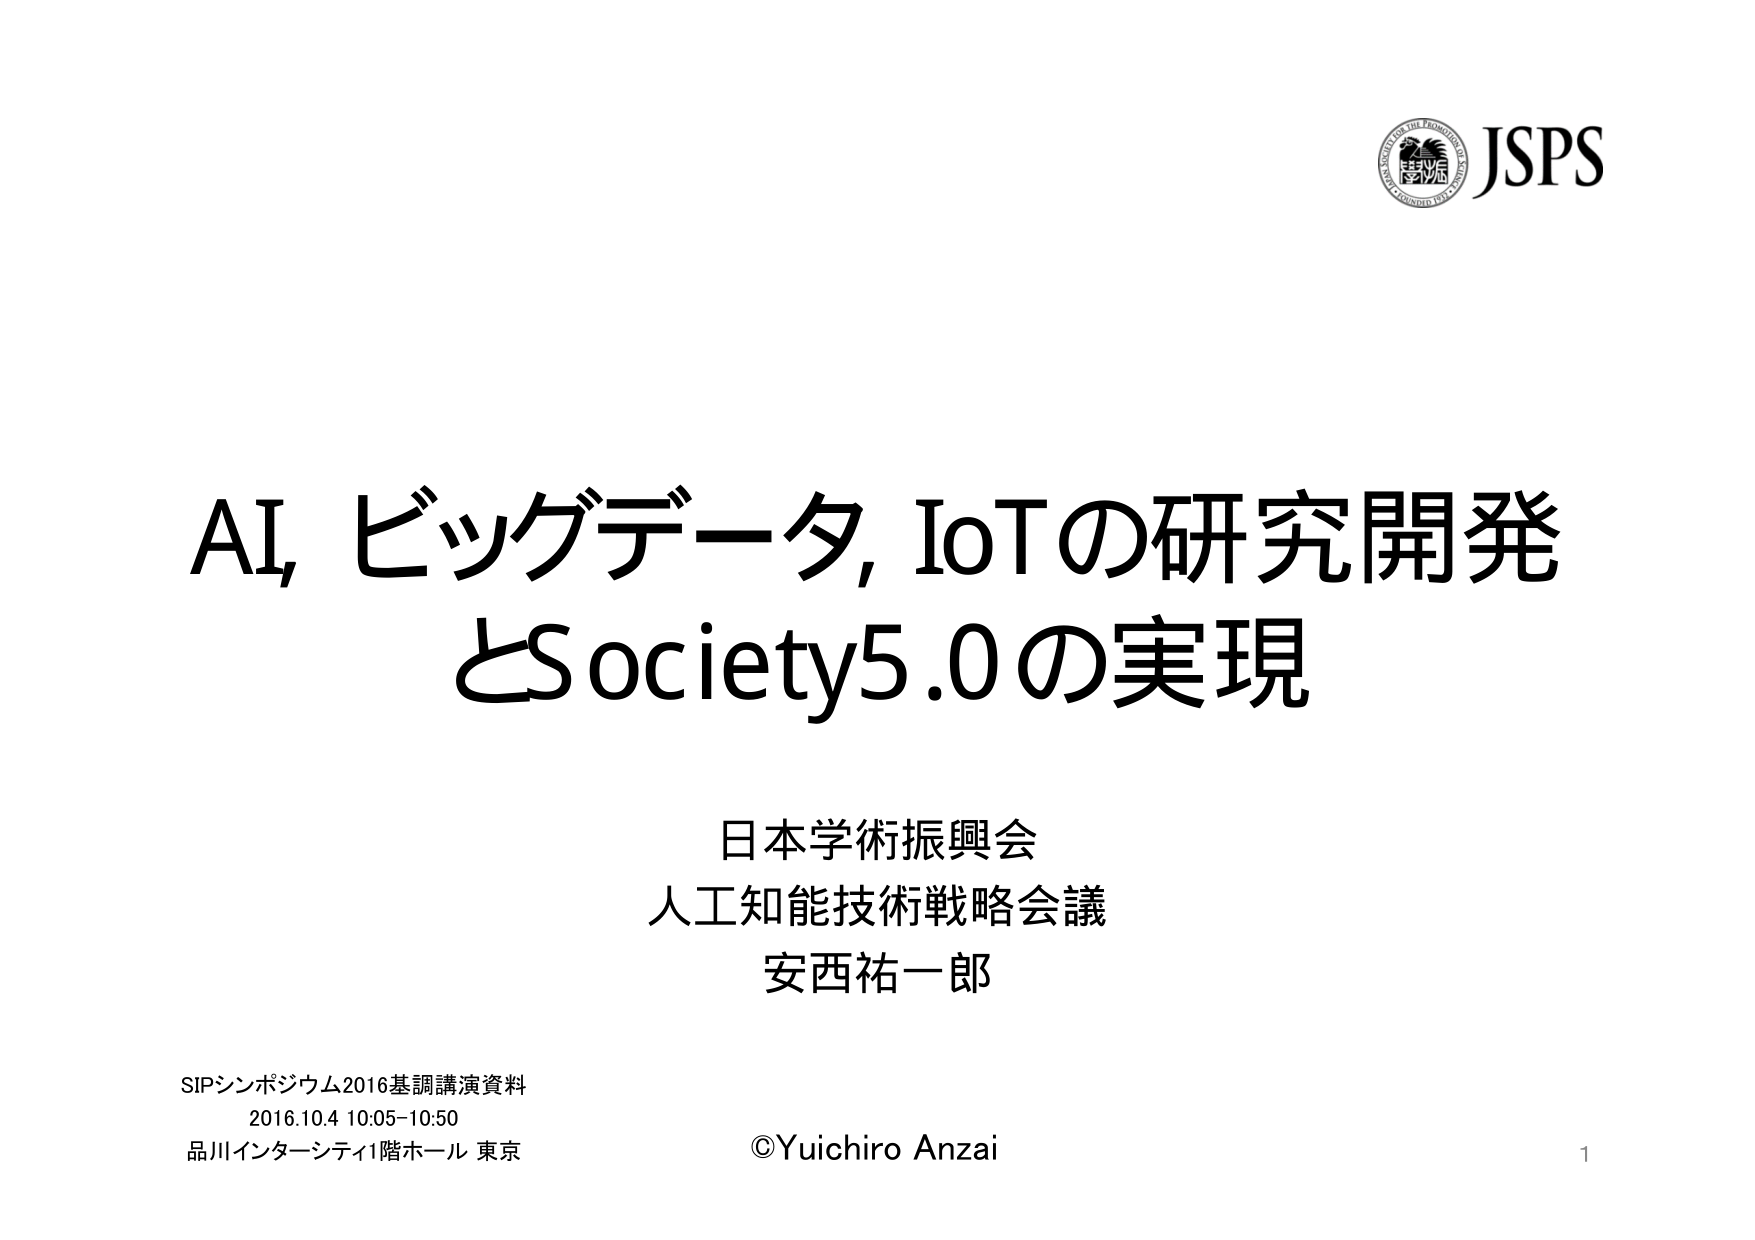
AI, ビッグデータ, IoTの研究開発
とSociety5.0の実現

日本学術振興会
人工知能技術戦略会議
安西祐一郎

SIPシンポジウム2016基調講演資料
2016.10.4 10:05-10:50
品川インターシティ1階ホール 東京

©Yuichiro Anzai
1

JSPS
JAPAN SOCIETY FOR THE PROMOTION OF SCIENCE
FOUNDED 1932